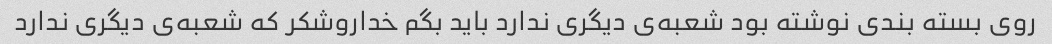
روی بسته بندی نوشته بود شعبه‌ی دیگری ندارد باید بگم خداروشکر که شعبه‌ی دیگری ندارد